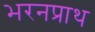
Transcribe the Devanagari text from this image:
भरनप्राथ